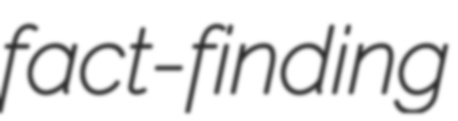
fact-finding